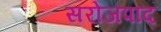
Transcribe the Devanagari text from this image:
सरोजपाद